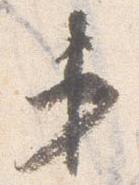
第